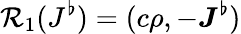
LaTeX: \mathcal{R}_{1}(J^{\flat})=(c\rho,-\boldsymbol{J}^{\flat})